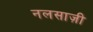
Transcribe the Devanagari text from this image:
नलसाज़ी